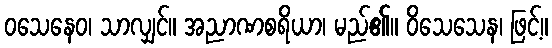
ဝသေနေဝ၊ သာလျှင်။ အညာဏစရိယာ၊ မည်၏။ ဝိသေသေန၊ ဖြင့်။